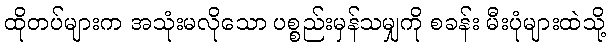
ထိုတပ်များက အသုံးမလိုသော ပစ္စည်းမှန်သမျှကို စခန်း မီးပုံများထဲသို့